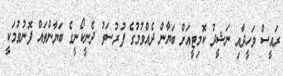
ރައީސް ވަހީދާއި ނަޝީދު ކޮމިޓީއަށް ބަޔާން ދެއްވުމުގެ ފުރުސަތު ދެނީކޯނީގެ ބަޔާންތައް ފޮނުވުމަކީ